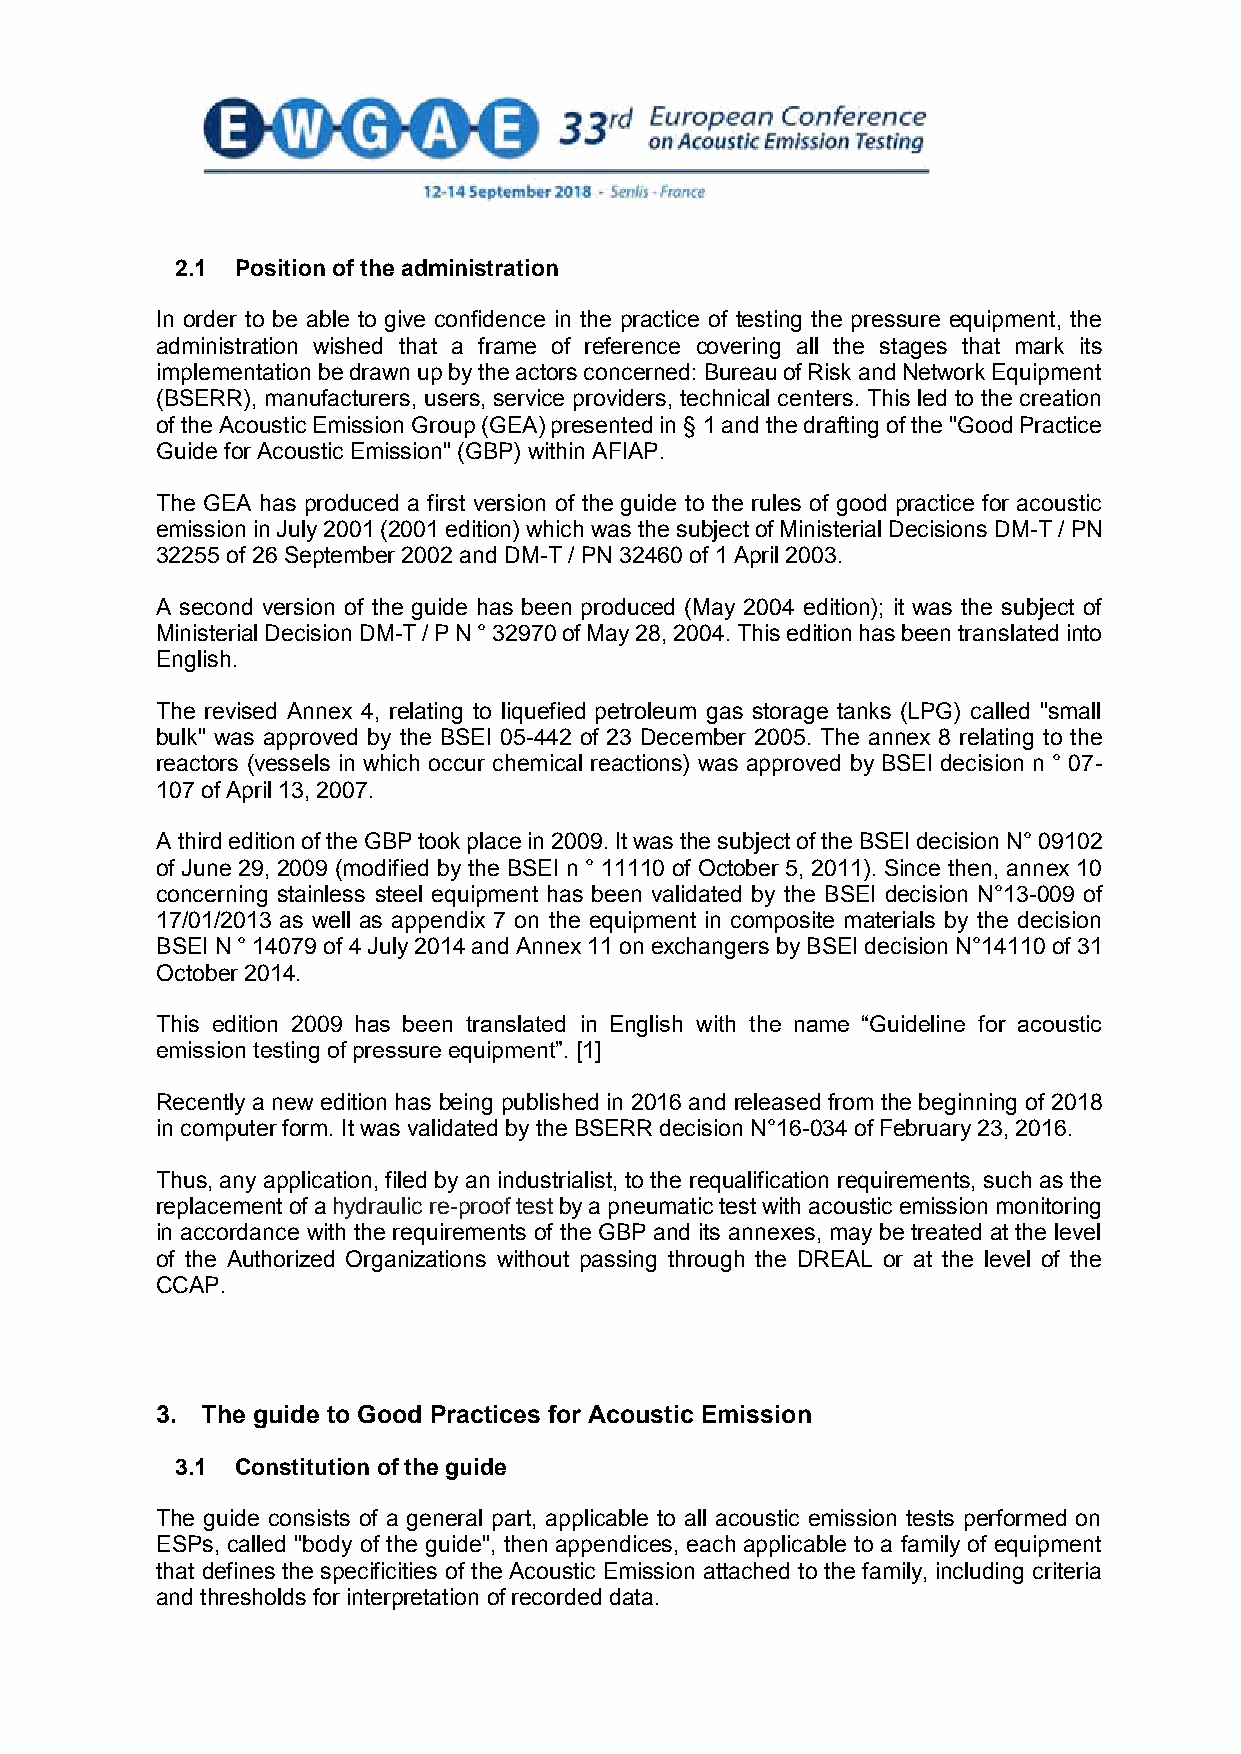
2.1 Position of the administration
 In order to be able to give confidence in the practice of testing the pressure equipment, the
 administration wished that a frame of reference covering all the stages that mark its
 implementation be drawn up by the actors concerned: Bureau of Risk and Network Equipment
 (BSERR), manufacturers, users, service providers, technical centers. This led to the creation
 of the Acoustic Emission Group (GEA) presented in § 1 and the drafting of the "Good Practice
 Guide for Acoustic Emission" (GBP) within AFIAP.
 The GEA has produced a first version of the guide to the rules of good practice for acoustic
 emission in July 2001 (2001 edition) which was the subject of Ministerial Decisions DM-T / PN
 32255 of 26 September 2002 and DM-T / PN 32460 of 1 April 2003.
 A second version of the guide has been produced (May 2004 edition); it was the subject of
 Ministerial Decision DM-T / P N ° 32970 of May 28, 2004. This edition has been translated into
 English.
 The revised Annex 4, relating to liquefied petroleum gas storage tanks (LPG) called "small
 bulk" was approved by the BSEI 05-442 of 23 December 2005. The annex 8 relating to the
 reactors (vessels in which occur chemical reactions) was approved by BSEI decision n ° 07-
 107 of April 13, 2007.
 A third edition of the GBP took place in 2009. It was the subject of the BSEI decision N° 09102
 of June 29, 2009 (modified by the BSEI n ° 11110 of October 5, 2011). Since then, annex 10
 concerning stainless steel equipment has been validated by the BSEI decision N°13-009 of
 17/01/2013 as well as appendix 7 on the equipment in composite materials by the decision
 BSEI N ° 14079 of 4 July 2014 and Annex 11 on exchangers by BSEI decision N°14110 of 31
 October 2014.
 This edition 2009 has been translated in English with the name “Guideline for acoustic
 emission testing of pressure equipment”. [1]
 Recently a new edition has being published in 2016 and released from the beginning of 2018
 in computer form. It was validated by the BSERR decision N°16-034 of February 23, 2016.
 Thus, any application, filed by an industrialist, to the requalification requirements, such as the
 replacement of a hydraulic re-proof test by a pneumatic test with acoustic emission monitoring
 in accordance with the requirements of the GBP and its annexes, may be treated at the level
 of the Authorized Organizations without passing through the DREAL or at the level of the
 CCAP.
 3. The guide to Good Practices for Acoustic Emission
 3.1 Constitution of the guide
 The guide consists of a general part, applicable to all acoustic emission tests performed on
 ESPs, called "body of the guide", then appendices, each applicable to a family of equipment
 that defines the specificities of the Acoustic Emission attached to the family, including criteria
 and thresholds for interpretation of recorded data.
 3